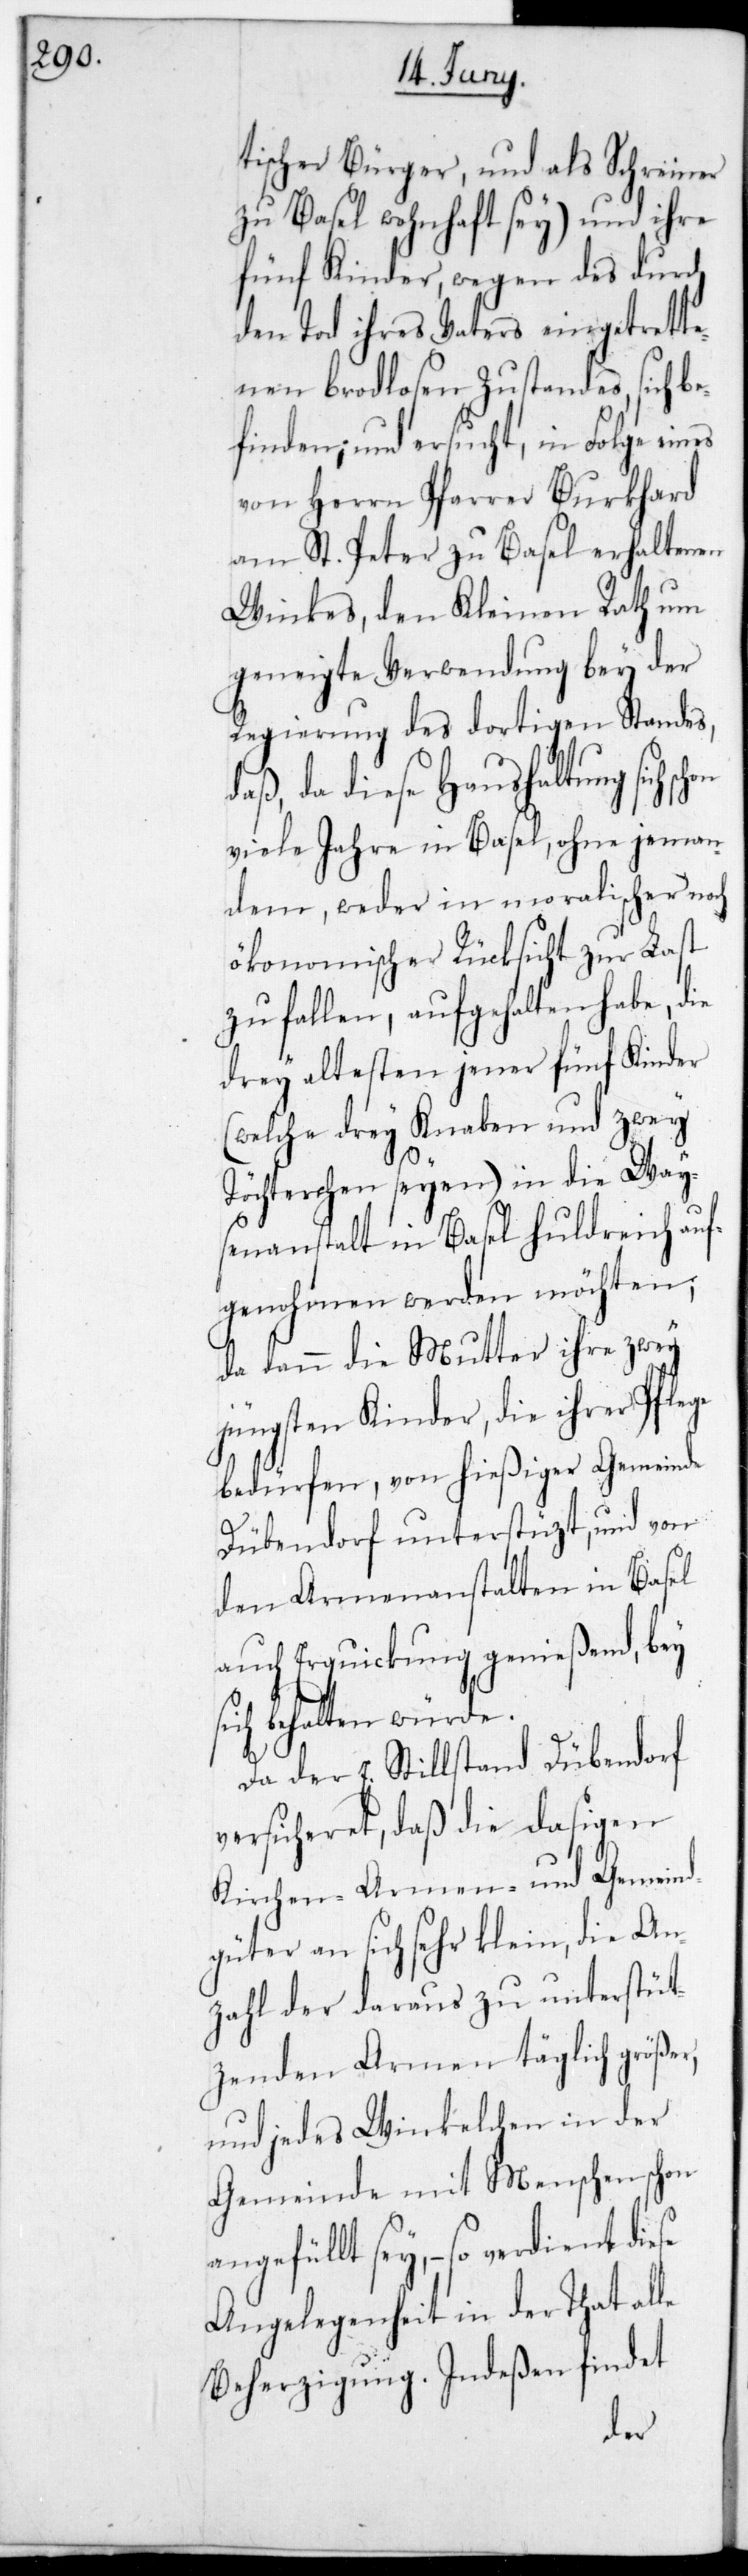
tischer Bürger, und als Schreiner
zu Basel wohnhaft sey) und ihre
fünf Kinder wegen des durch
den Tod ihres Vaters eingetrette¬
nen brodlosen Zustandes, sich b¬
efinden und ersucht, in Folge ein¬
von Herrn Pfarrer Burkhard
am St. Peter zu Basel erhaltenen
Winkes, den Kleinen Rath um
geneigte Verwendung bey der
Regierung des dortigen Standes,
daß da diese Haushaltung sich
viele Jahre in Basel, ohne jeman¬
dem, weder in moralischer noch
ökonomischer Rücksicht zur Last
zu fallen, aufgehalten habe, die
drey ältesten jener fünf Kinder
(welche drey Knaben und zwey
Töchterchen seyen) in die Wai¬
senanstalt in Basel huldreich auf¬
genohmen werden möchten,
da dann die Mutter ihre zwey
jüngsten Kinder, die ihrer Pflege
bedürfen, von hießiger Gemeinde
Dübendorf unterstützt, und von
den Armenanstalten in Basel
auch Erquickung genießend, bey
sich behalten würde.
Da der E. Stillstand Dübendorf
versicheret, daß die dasigen
Kirchen-[,] Armen- und Gemeind¬
güter an sich sehr klein, die An¬
zahl der daraus zu unterstüt¬
zenden Armen täglich größer,
und jedes Winkelchen in der
Gemeinde mit Menschen schon
angefüllt sey, – so verdient
Angelegenheit in der That alle
Beherzigung. Indeßen findet
es